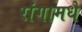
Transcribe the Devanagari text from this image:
रांगामधे